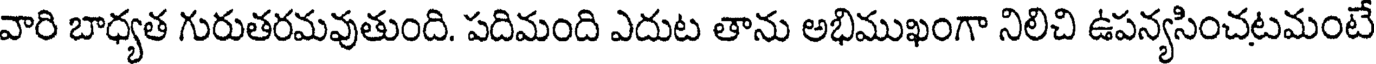
వారి బాధ్యత గురుతరమవుతుంది. పదిమంది ఎదుట తాను అభిముఖంగా నిలిచి ఉపన్యసించటమంటే